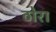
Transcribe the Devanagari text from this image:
ठोरा